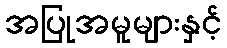
အပြုအမူများနှင့်